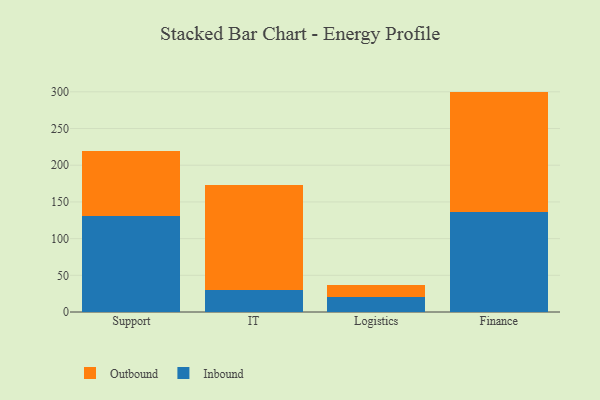
{"axis": {"x": "Department", "y": "Humidity (%)"}, "legend": ["Inbound", "Outbound"], "data": [{"x": "Support", "y": 130.3, "type": "Inbound"}, {"x": "Support", "y": 89.6, "type": "Outbound"}, {"x": "IT", "y": 30.2, "type": "Inbound"}, {"x": "IT", "y": 143.3, "type": "Outbound"}, {"x": "Logistics", "y": 20.6, "type": "Inbound"}, {"x": "Logistics", "y": 15.8, "type": "Outbound"}, {"x": "Finance", "y": 135.9, "type": "Inbound"}, {"x": "Finance", "y": 164.4, "type": "Outbound"}]}